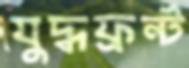
যুদ্ধফ্রন্ট